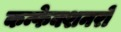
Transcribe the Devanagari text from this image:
कन्फेक्शनरों